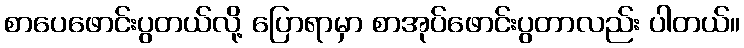
စာပေဖောင်းပွတယ်လို့ ပြောရာမှာ စာအုပ်ဖောင်းပွတာလည်း ပါတယ်။